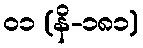
၀၁ (နိ-၁၈၁)